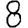
Digit: 8